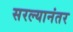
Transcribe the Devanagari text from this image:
सरल्यानंतर